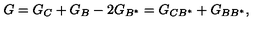
G = G _ { C } + G _ { B } - 2 G _ { B ^ { \ast } } = G _ { C B ^ { \ast } } + G _ { B B ^ { \ast } } ,